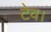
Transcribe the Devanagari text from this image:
टेव।